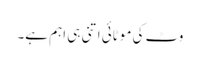
وٹ کی موٹائی اتنی ہی اہم ہے۔